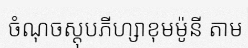
ចំណុចស្តុបភីហ្សាខុមម៉ូនី តាម